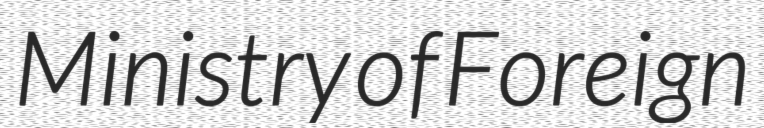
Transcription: Ministry of Foreign